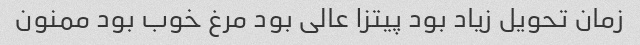
زمان تحویل زیاد بود پیتزا عالی بود مرغ خوب بود ممنون